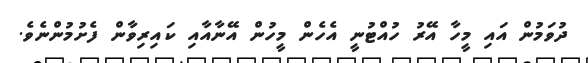
ދުވަމުން އައި މީހާ އޭރު ހުއްޓުނީ އެހެން މީހުން އޭނާއާއި ކައިރިވާން ފެށުމުންނެވެ.